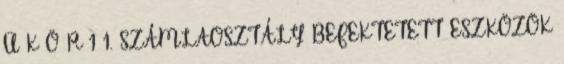
Ü K Ö R 1 1. SZÁMLAOSZTÁLY BEFEKTETETT ESZKÖZÖK